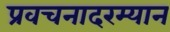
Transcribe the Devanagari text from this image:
प्रवचनादरम्यान